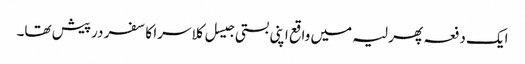
ایک دفعہ پھر لیہ میں واقع اپنی بستی جیسل کلاسرا کا سفر درپیش تھا۔